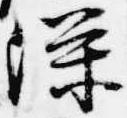
深